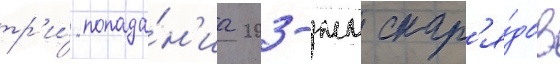
тр'и́ попада́н'иа 203-мм снар'я́дов